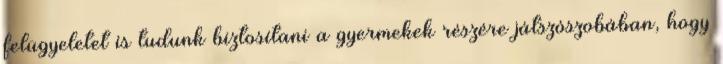
felügyeletet is tudunk biztosítani a gyermekek részére játszószobában, hogy